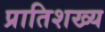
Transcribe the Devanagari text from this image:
प्रातिशख्य